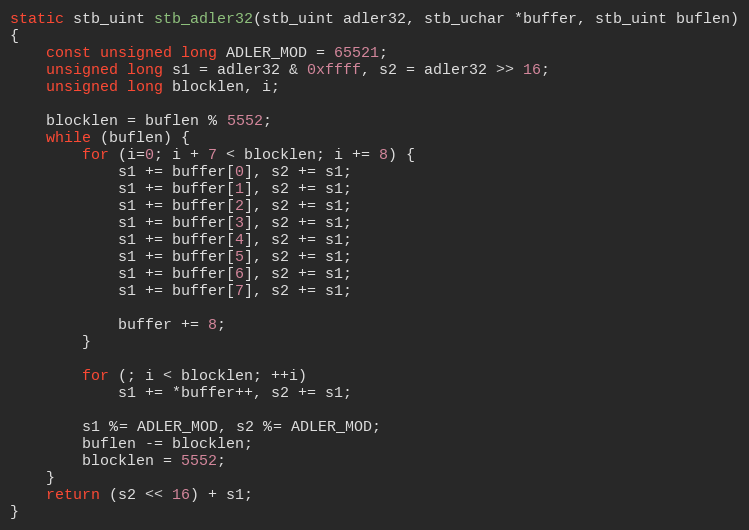
Language: C++
static stb_uint stb_adler32(stb_uint adler32, stb_uchar *buffer, stb_uint buflen)
{
    const unsigned long ADLER_MOD = 65521;
    unsigned long s1 = adler32 & 0xffff, s2 = adler32 >> 16;
    unsigned long blocklen, i;

    blocklen = buflen % 5552;
    while (buflen) {
        for (i=0; i + 7 < blocklen; i += 8) {
            s1 += buffer[0], s2 += s1;
            s1 += buffer[1], s2 += s1;
            s1 += buffer[2], s2 += s1;
            s1 += buffer[3], s2 += s1;
            s1 += buffer[4], s2 += s1;
            s1 += buffer[5], s2 += s1;
            s1 += buffer[6], s2 += s1;
            s1 += buffer[7], s2 += s1;

            buffer += 8;
        }

        for (; i < blocklen; ++i)
            s1 += *buffer++, s2 += s1;

        s1 %= ADLER_MOD, s2 %= ADLER_MOD;
        buflen -= blocklen;
        blocklen = 5552;
    }
    return (s2 << 16) + s1;
}